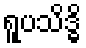
ရူပသိဒ္ဓိ